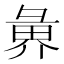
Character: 𭛑